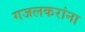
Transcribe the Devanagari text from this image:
गजलकरांना